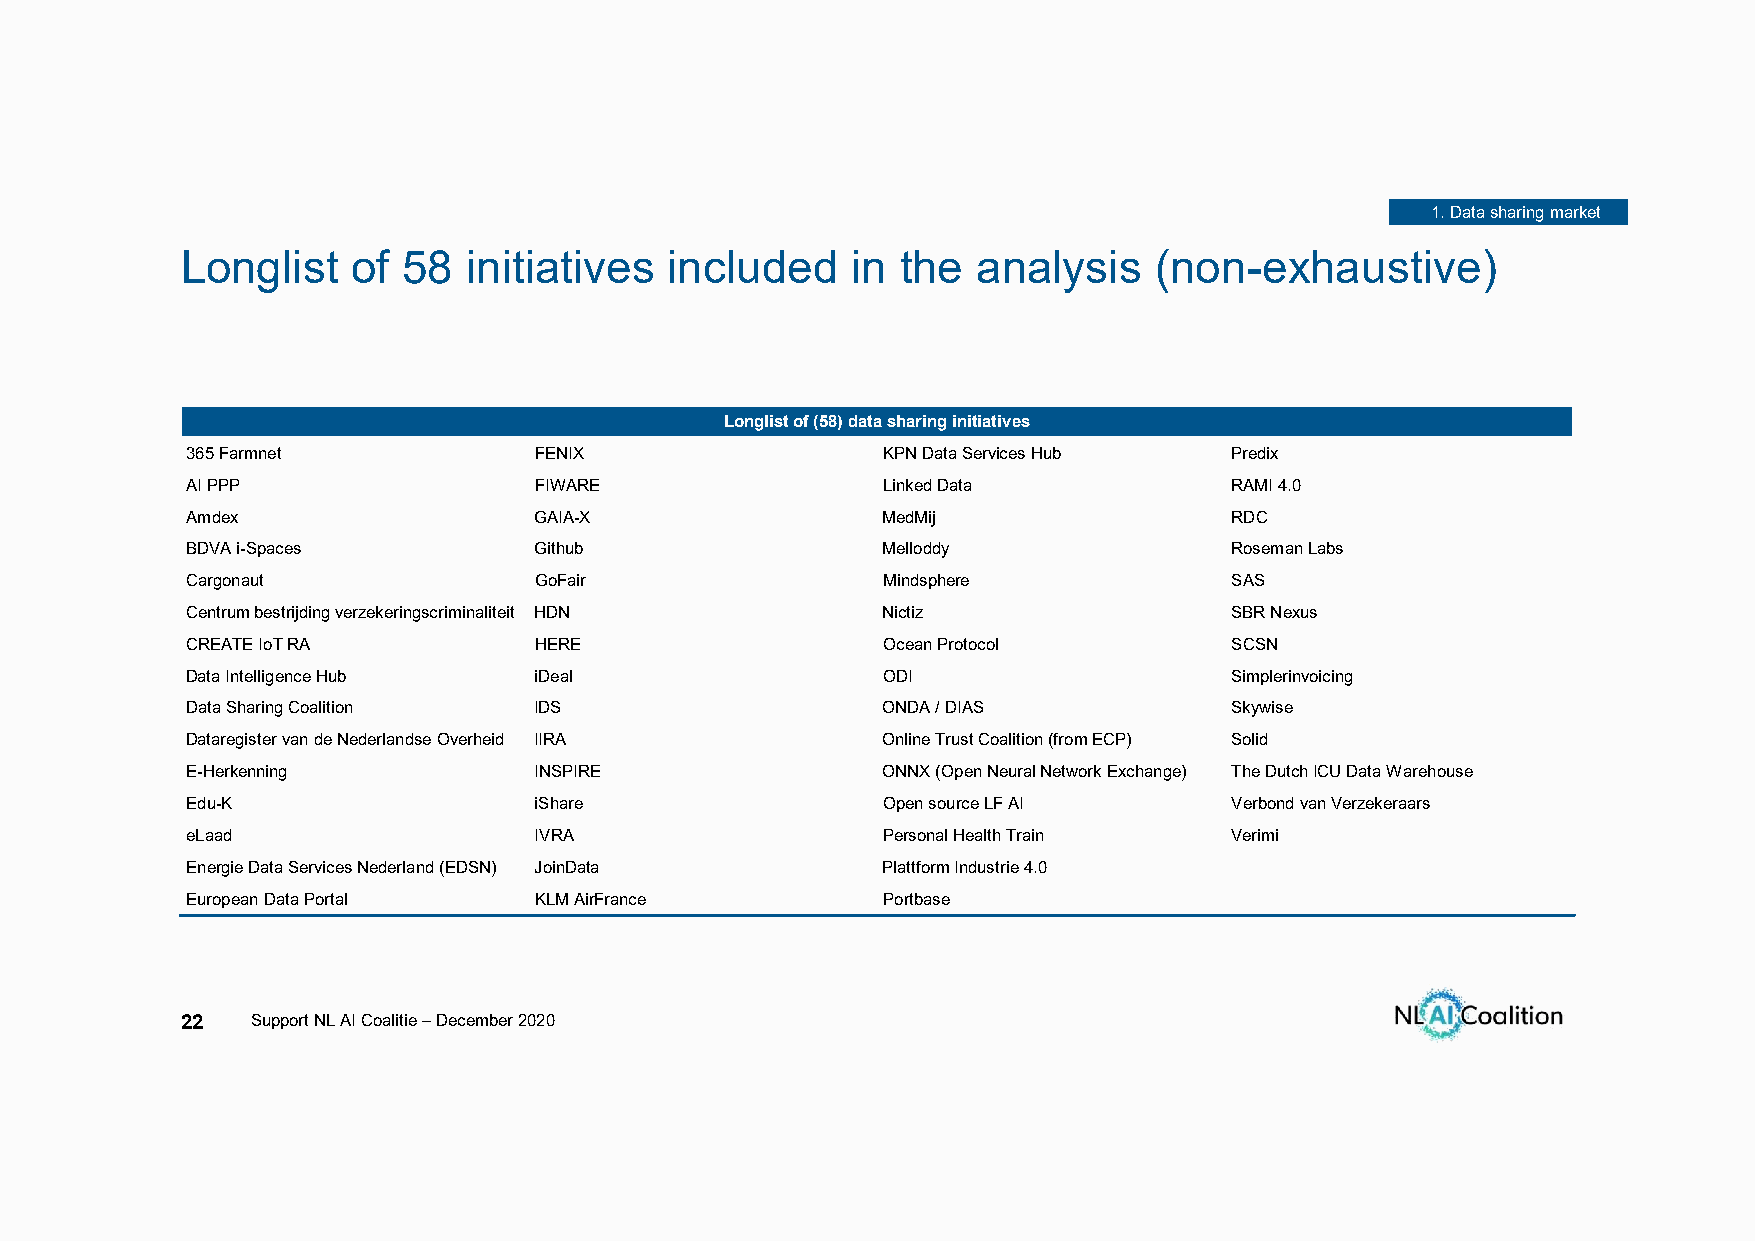
1. Data sharing market
 Longlist   of  58  initiatives  included    in  the  analysis   (non-exhaustive)
 Longlist of (58) data sharing initiatives
 365 Farmnet            FENIX                  KPN Data Services Hub  Predix
 AI PPP                 FIWARE                 Linked Data            RAMI 4.0
 Amdex                  GAIA-X                 MedMij                 RDC
 BDVA i-Spaces          Github                 Melloddy               Roseman Labs
 Cargonaut              GoFair                 Mindsphere             SAS
 Centrum bestrijding verzekeringscriminaliteit HDN Nictiz             SBR Nexus
 CREATE IoT RA          HERE                   Ocean Protocol         SCSN
 Data Intelligence Hub  iDeal                  ODI                    Simplerinvoicing
 Data Sharing Coalition IDS                    ONDA / DIAS            Skywise
 Dataregister van de Nederlandse Overheid IIRA Online Trust Coalition (from ECP) Solid
 E-Herkenning           INSPIRE                ONNX (Open Neural Network Exchange) The Dutch ICU Data Warehouse
 Edu-K                  iShare                 Open source LF AI      Verbond van Verzekeraars
 eLaad                  IVRA                   Personal Health Train  Verimi
 Energie Data Services Nederland (EDSN) JoinData Plattform Industrie 4.0
 European Data Portal   KLM AirFrance          Portbase
 22   Support NL AI Coalitie –December 2020